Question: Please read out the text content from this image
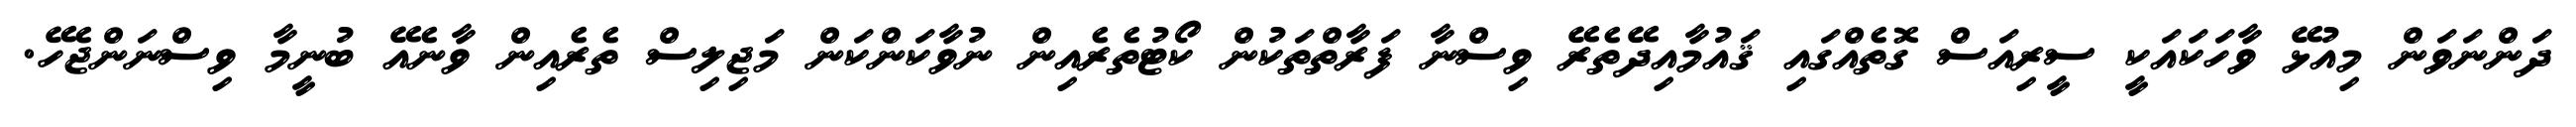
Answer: ދަންނަވަން މިއުޅޭ ވާހަކައަކީ ސީރިއަސް ގޮތެއްގައި ޤައުމާއިދޭތެރޭ ވިސްނާ ފަރާތްތަކުން ކޯޓުތެރެއިން ނުވާކަންކަން މަޖިލިސް ތެރެއިން ވާނެއޭ ބުނީމާ ވިސްނަންޖެހޭ.